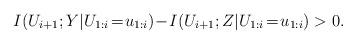
LaTeX: \begin{align*} I(U_{i+1}; Y|U_{1:i}\!=\!u_{1:i})\!-\!I(U_{i+1};Z|U_{1:i}\!=\!u_{1:i})> 0.\end{align*}